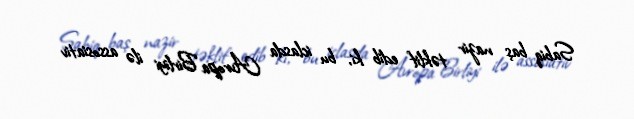
Sabiq baş nazir təklif edib ki, bu iclasda Avropa Birliyi ilə assosiativ